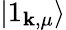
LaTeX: \vert 1_{\mathbf{k},\mu}\rangle